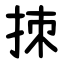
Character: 拺